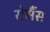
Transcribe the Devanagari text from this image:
रोमैंस